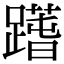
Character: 𨅱